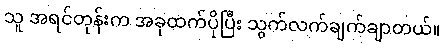
သူ အရင်တုန်းက အခုထက်ပိုပြီး သွက်လက်ချက်ချာတယ်။